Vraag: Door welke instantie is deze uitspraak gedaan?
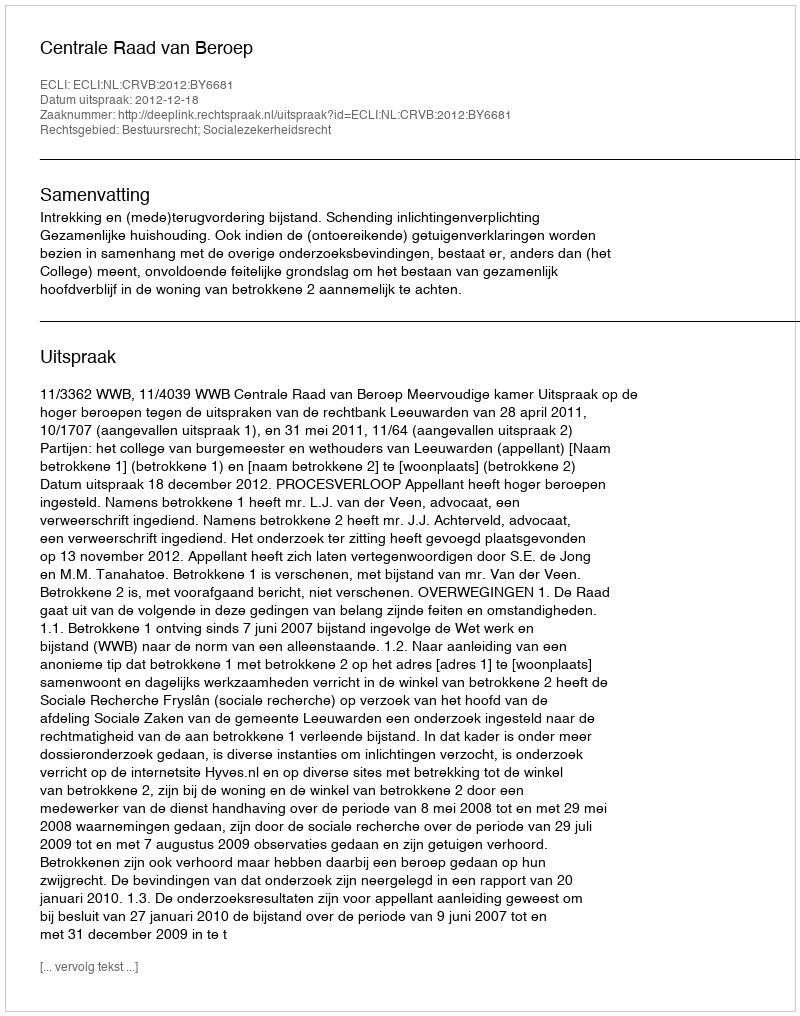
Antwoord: Centrale Raad van Beroep